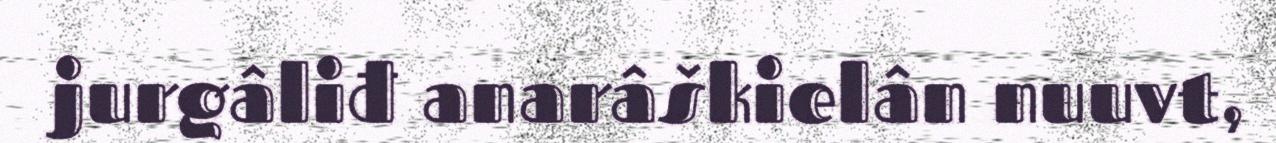
jurgâliđ anarâškielân nuuvt,